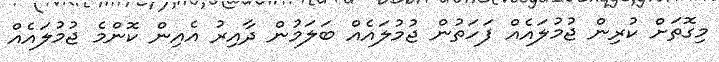
މިގޮތަށް ކުރިން ޖުމުލައެއް ފަހަތުން ޖުމުލައެއް ބަލަމުން ދާއިރު އެއިން ކޮންމެ ޖުމުލައެއް